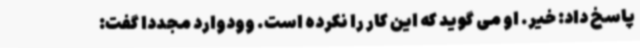
پاسخ داد: خیر. او می گوید که این کار را نکرده است. وودوارد مجددا گفت: